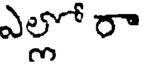
ఎల్లో రా